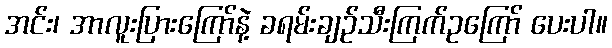
အင်း၊ အာလူးပြားကြော်နဲ့ ခရမ်းချဉ်သီးကြက်ဥကြော် ပေးပါ။